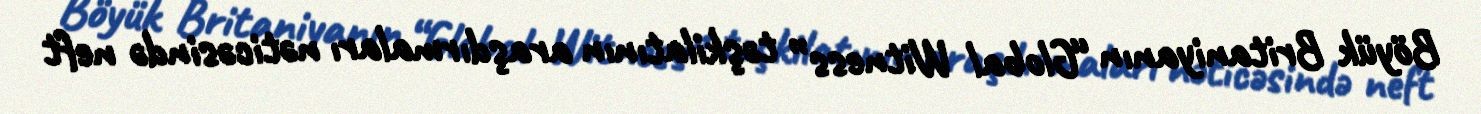
Böyük Britaniyanın “Global Witness” təşkilatının araşdırmaları nəticəsində neft